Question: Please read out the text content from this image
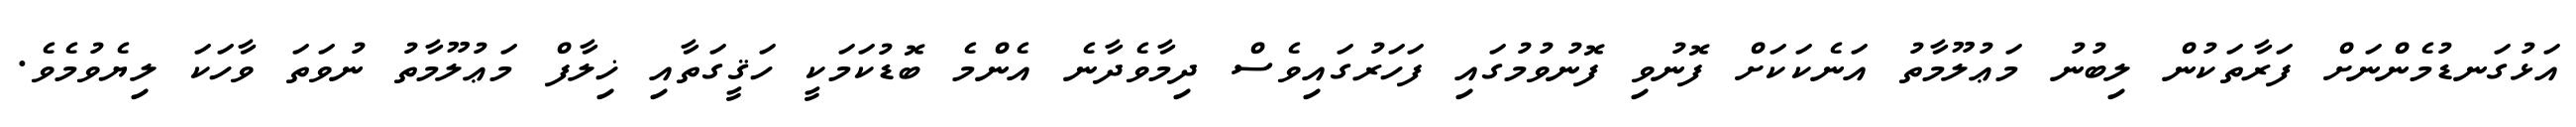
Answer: އަޅުގަނޑުމެންނަށް ފަރާތަކުން ލިބުނު މަޢުލޫމާތު އަނެކަކަށް ފޮނުވި ފޮނުވުމުގައި ފަހަރުގައިވެސް ދިމާވެދާނެ އެންމެ ބޮޑުކަމަކީ ހަޤީގަތާއި ޚިލާފް މަޢުލޫމާތު ނުވަތަ ވާހަކަ ލިޔެވުމެވެ.